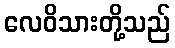
လေဝိသားတို့သည်